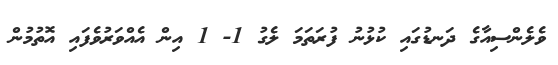
ވެލެންސިއާގެ ދަނޑުގައި ކުޅުނު ފުރަތަމަ ލެގު 1- 1 އިން އެއްވަރުވެފައި އޮތުމުން